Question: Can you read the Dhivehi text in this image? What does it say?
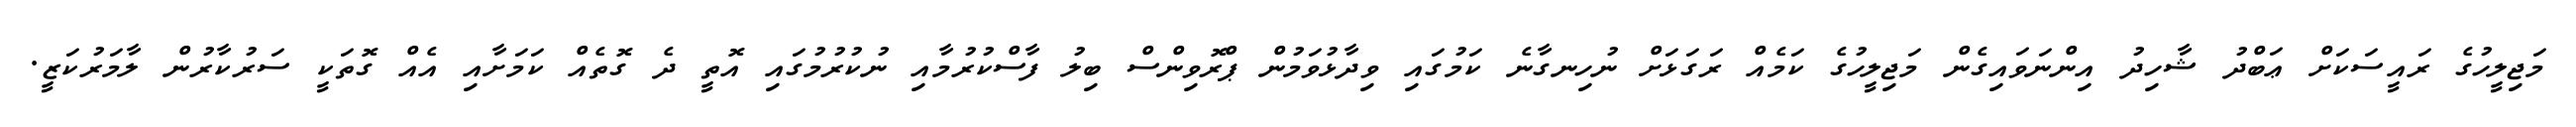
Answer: މަޖިލީހުގެ ރައީސަކަށް ޢަބްދު ޝާހިދު އިންނަވައިގެން މަޖިލީހުގެ ކަމެއް ރަގަޅަށް ނުހިނގާނެ ކަމުގައި ވިދާޅުވަމުން ޕްރޮވިންސް ބިލު ފާސްކުރުމާއި ނުކުރުމުގައި އޮތީ ދެ ގޮތެއް ކަމަށާއި އެއް ގޮތަކީ ސަރުކާރުން ލާމަރުކަޒީ.